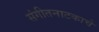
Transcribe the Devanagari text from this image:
संगीतनाटकाचे